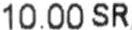
10.00 SR